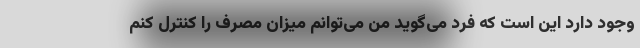
وجود دارد این است که فرد می‌گوید من می‌توانم میزان مصرف را کنترل کنم